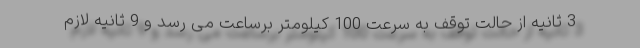
3 ثانیه از حالت توقف به سرعت 100 کیلومتر برساعت می رسد و 9 ثانیه لازم